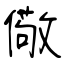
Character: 儆